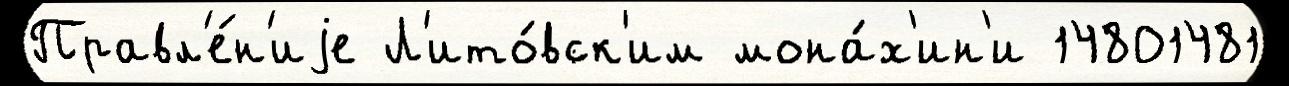
Правл'е́н'иjе Л'ито́вск'им мона́х'ин'и 14801481